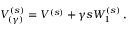
V _ { ( \gamma ) } ^ { ( s ) } = V ^ { ( s ) } + \gamma s W _ { 1 } ^ { ( s ) } \; ,